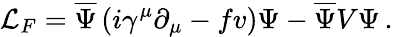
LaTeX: \mathcal{L}_{F}=\overline{{{\Psi}}}\left(i\gamma^{\mu}\partial_{\mu}-fv\right)\Psi-\overline{{{\Psi}}}V\Psi\, .